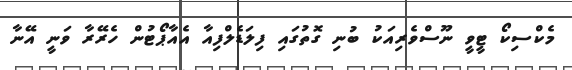
މެކްސިކޯ ޓީވީ ނޫސްވެރިއަކު ބުނި ގޮތުގައި ފިލަޑެލްފިއާ އެއާޕޯޓުން ހެރޭރާ ވަނީ އޭނާ